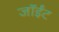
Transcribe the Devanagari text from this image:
जॉईंट